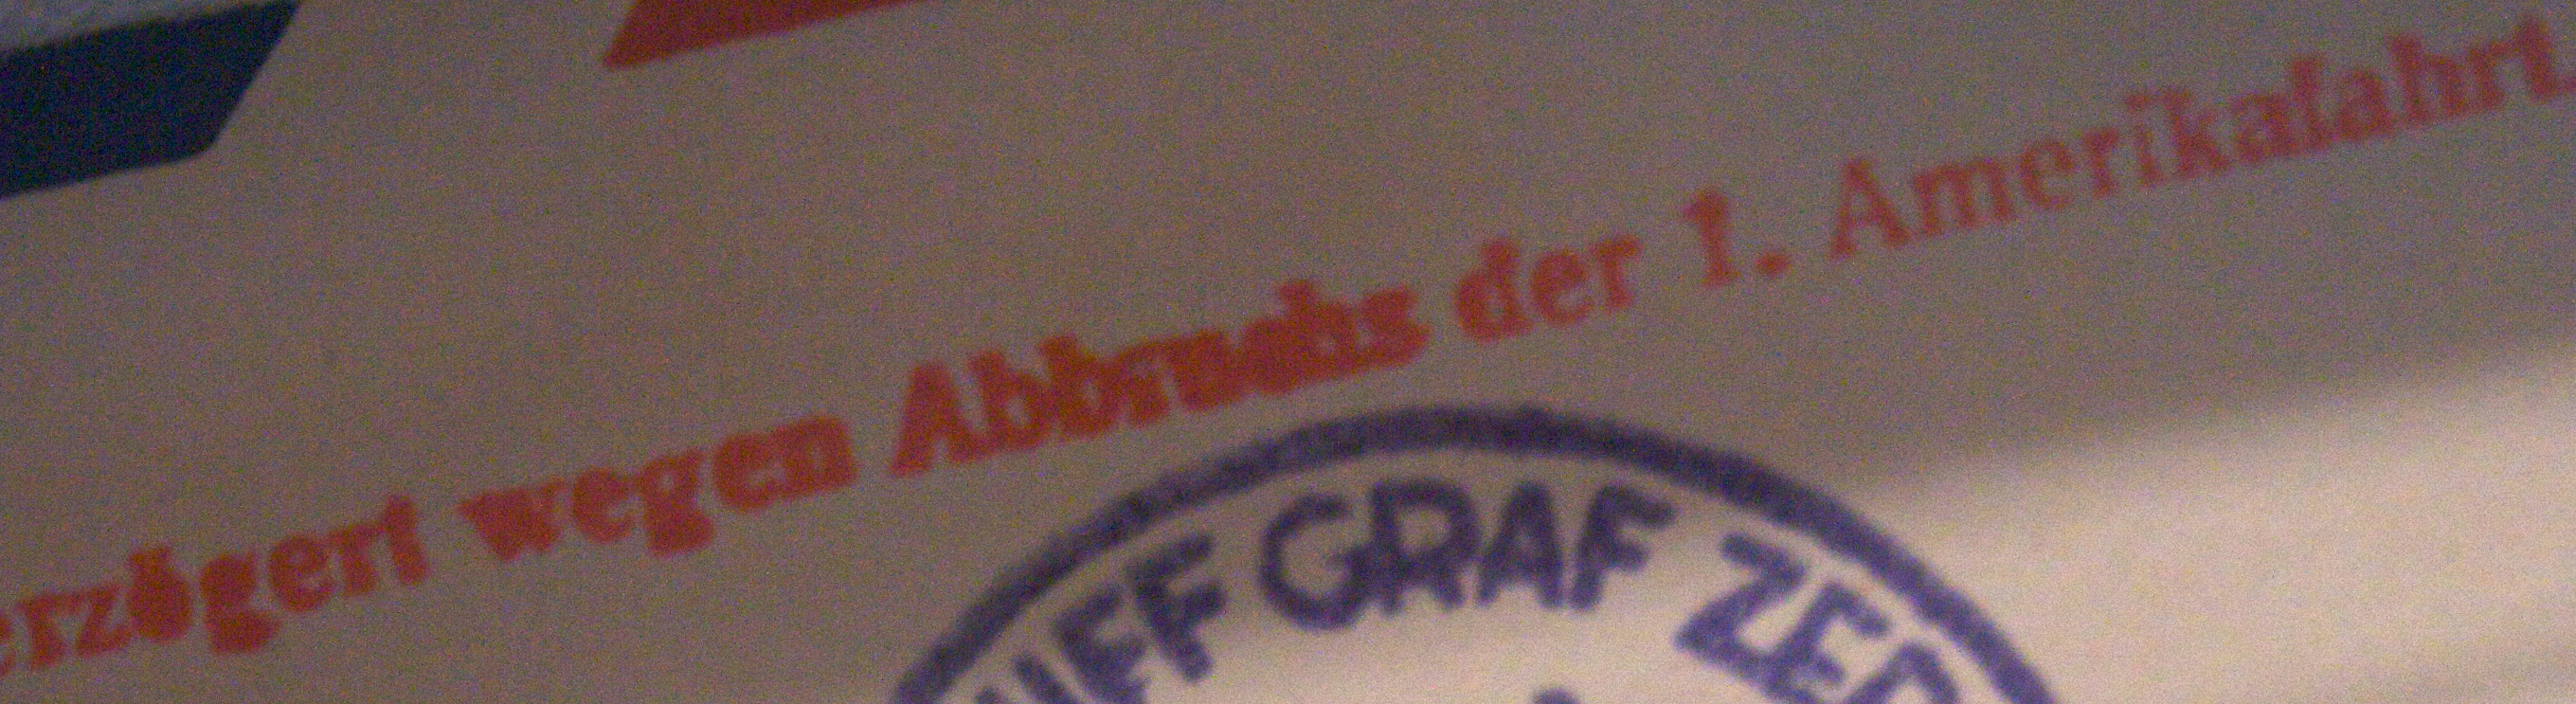
rzogert wegen Abbruchs der I. Amerikafahrt